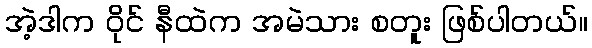
အဲ့ဒါက ဝိုင် နီထဲက အမဲသား စတူး ဖြစ်ပါတယ်။